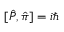
[ \hat { P } , \hat { \pi } ] = i \hbar